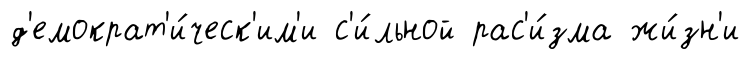
д'емократ'и́ческ'им'и с'и́льной рас'и́зма жи́зн'и